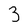
Character: 3